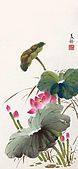
北郭清溪一带流，红桥风物眼中秋，绿杨城郭是扬州。